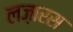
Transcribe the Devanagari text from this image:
लज़ारस